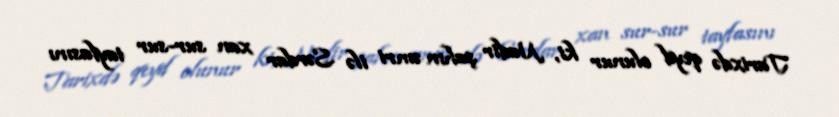
Tarixdə qeyd olunur ki, Nadir şahın əmri ilə Sərdar xan sur-sur tayfasını